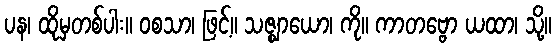
ပန၊ ထိုမှတစ်ပါး။ ဝစသာ၊ ဖြင့်။ သဇ္ဈာယော၊ ကို။ ကာတဗ္ဗော ယထာ၊ သို့။